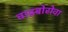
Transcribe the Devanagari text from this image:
वाइबोरोवा